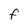
Character: F